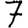
Digit: 7